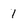
Character: 1